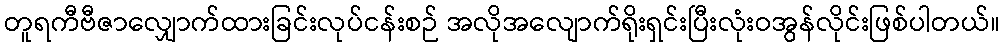
တူရကီဗီဇာလျှောက်ထားခြင်းလုပ်ငန်းစဉ် အလိုအလျောက်ရိုးရှင်းပြီးလုံးဝအွန်လိုင်းဖြစ်ပါတယ်။